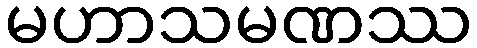
မဟာသမဏဿ